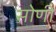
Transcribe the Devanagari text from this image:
सोणी